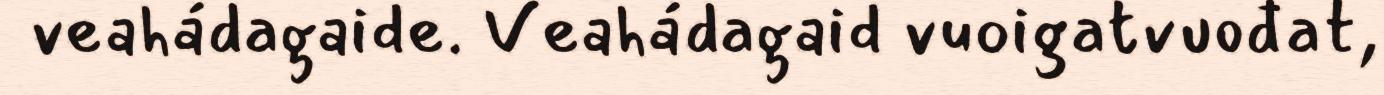
veahádagaide. Veahádagaid vuoigatvuođat,